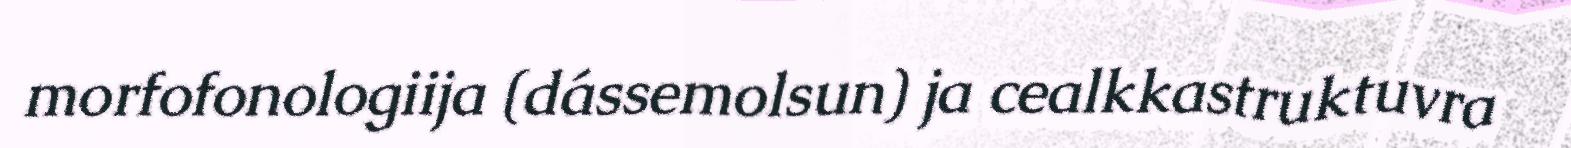
morfofonologiija (dássemolsun) ja cealkkastruktuvra